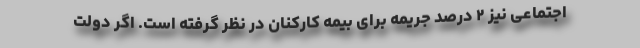
اجتماعی نیز ۲ درصد جریمه برای بیمه کارکنان در نظر گرفته است. اگر دولت